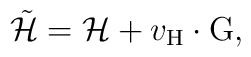
\tilde{\cal H} = {\cal H} + v_{\rm H} \cdot {\rm G},